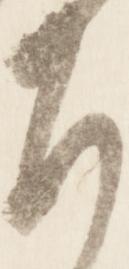
旨